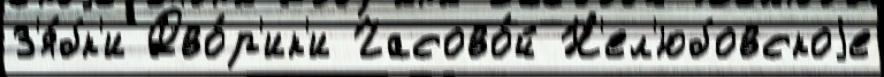
З'я́бк'и Дво́р'ик'и Часово́й Н'ел'юбовскоjе